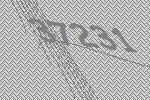
37231